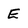
Character: E